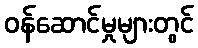
ဝန်ဆောင်မှုများတွင်